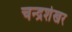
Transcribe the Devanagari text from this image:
चन्‍द्रशेखर